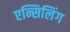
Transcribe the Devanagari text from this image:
एन्सिलिंग